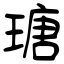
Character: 瑭